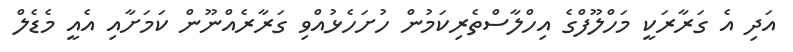
އަދި އެ ގަރާރަކީ މަހްލޫފްގެ އިހްލާސްތެރިކަމުން ހުށަހެޅުއްވި ގަރާރެއްނޫން ކަމަށާއި އެއީ މެޑެލް